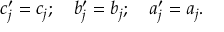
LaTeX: c _ { j } ^ { \prime } = c _ { j } ; \ \ \ b _ { j } ^ { \prime } = b _ { j } ; \ \ \ a _ { j } ^ { \prime } = a _ { j } .